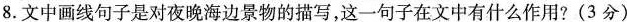
8.文中画线句子是对夜晚海边景物的描写，这一句子在文中有什么作用?(3分)